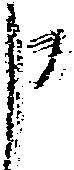
申